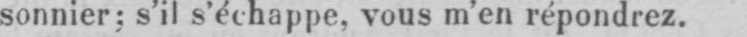
sonnier: s’il s’échappe, vous m’en répondrez.